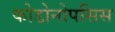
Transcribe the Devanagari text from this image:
कोडोनोपसिस